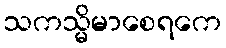
သကသ္မိမာစေရကေ